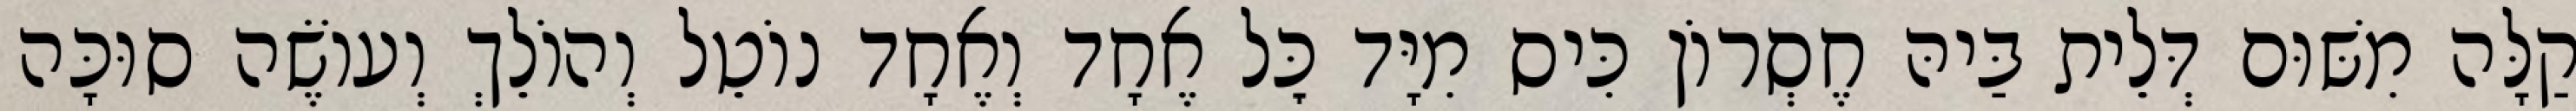
קַלָּה מִשּׁוּם דְּלֵית בַּיהּ חֶסְרוֹן כִּיס מִיָּד כׇּל אֶחָד וְאֶחָד נוֹטֵל וְהוֹלֵךְ וְעוֹשֶׂה סוּכָּה